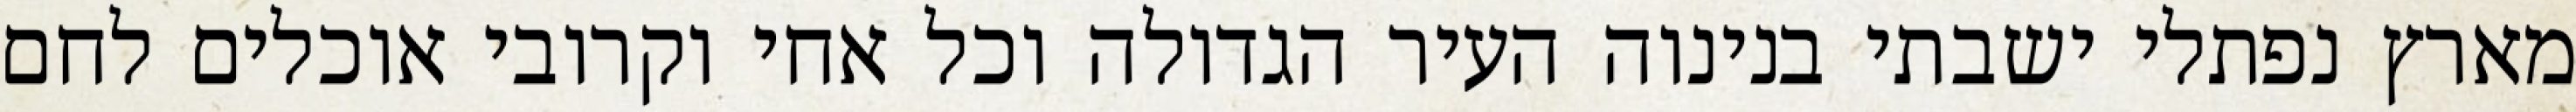
מארץ נפתלי ישבתי בנינוה העיר הגדולה וכל אחי וקרובי אוכלים לחם